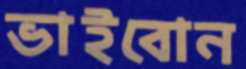
ভাইবোন